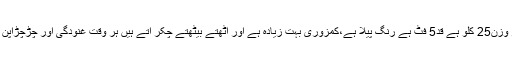
ہارون چیمہ،فیصل آباد سے لکھتے ہیں کہ اُن کی عمر 16 سال ہے اور وزن25 کلو ہے قد5 فٹ ہے رنگ پیلا ہے،کمزوری بہت زیادہ ہے اور اٹھتے بیٹھتے چکر آتے ہیں ہر وقت غنودگی اور چڑچڑاپن طاری رہتا ہے دماغی کمزوری بھی بہت زیادہ ہے ،کچھ یاد نہیں رہتا۔